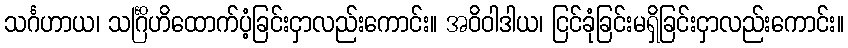
သင်္ဂဟာယ၊ သင်္ဂြိဟိထောက်ပံ့ခြင်းငှာလည်းကောင်း။ အဝိဝါဒါယ၊ ငြင်ခုံခြင်းမရှိခြင်းငှာလည်းကောင်း။